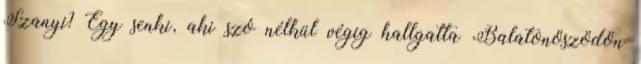
Szanyi? Egy senki, aki szó nélkül végig hallgatta Balatonöszödön